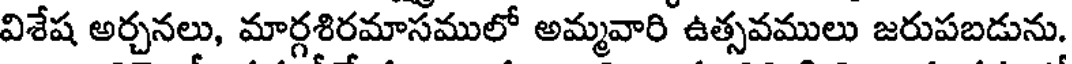
విశేష అర్చనలు, మార్గశిరమాసములో అమ్మవారి ఉత్సవములు జరుపబడును.